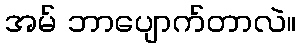
အမ် ဘာပျောက်တာလဲ။